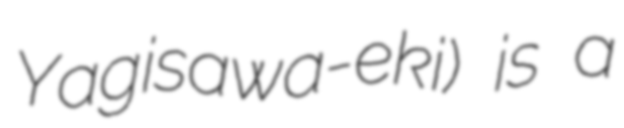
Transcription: Yagisawa-eki) is a